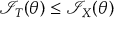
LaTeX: { \mathcal { I } } _ { T } ( \theta ) \leq { \mathcal { I } } _ { X } ( \theta )